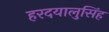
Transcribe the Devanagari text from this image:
हरदयालुसिंह